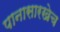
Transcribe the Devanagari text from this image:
पानासारखेच